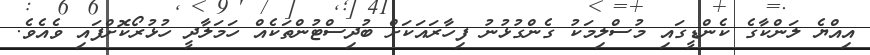
އިއްޔެ ލަންކާގެ ކެންޑީގައި މުސްލިމަކު ގެންގުޅުނު ފިހާރައަކަށް ބުދިސްޓުންތަކެއް ހަމަލާދީ ހުޅުރޯކޮށްފައި ވެއެވެ.